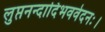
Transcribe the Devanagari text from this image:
लुप्तनन्दादिभववेदनः।